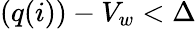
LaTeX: (q(i))-V_{w}<\Delta